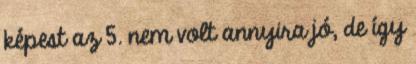
képest az 5. nem volt annyira jó, de így